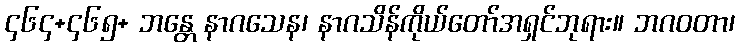
၄၆၄+၄၆၅+ ဘန္တေ နာဂသေန၊ နာဂသိန်ကိုယ်တော်အရှင်ဘုရား။ ဘဂဝတာ၊